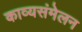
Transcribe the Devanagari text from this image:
काव्यसंमेलन